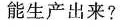
能生产出来?